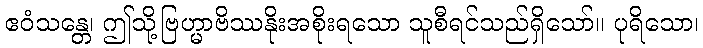
ဧဝံသန္တေ၊ ဤသို့ဗြဟ္မာဗိဿနိုးအစိုးရသော သူစီရင်သည်ရှိသော်။ ပုရိသော၊